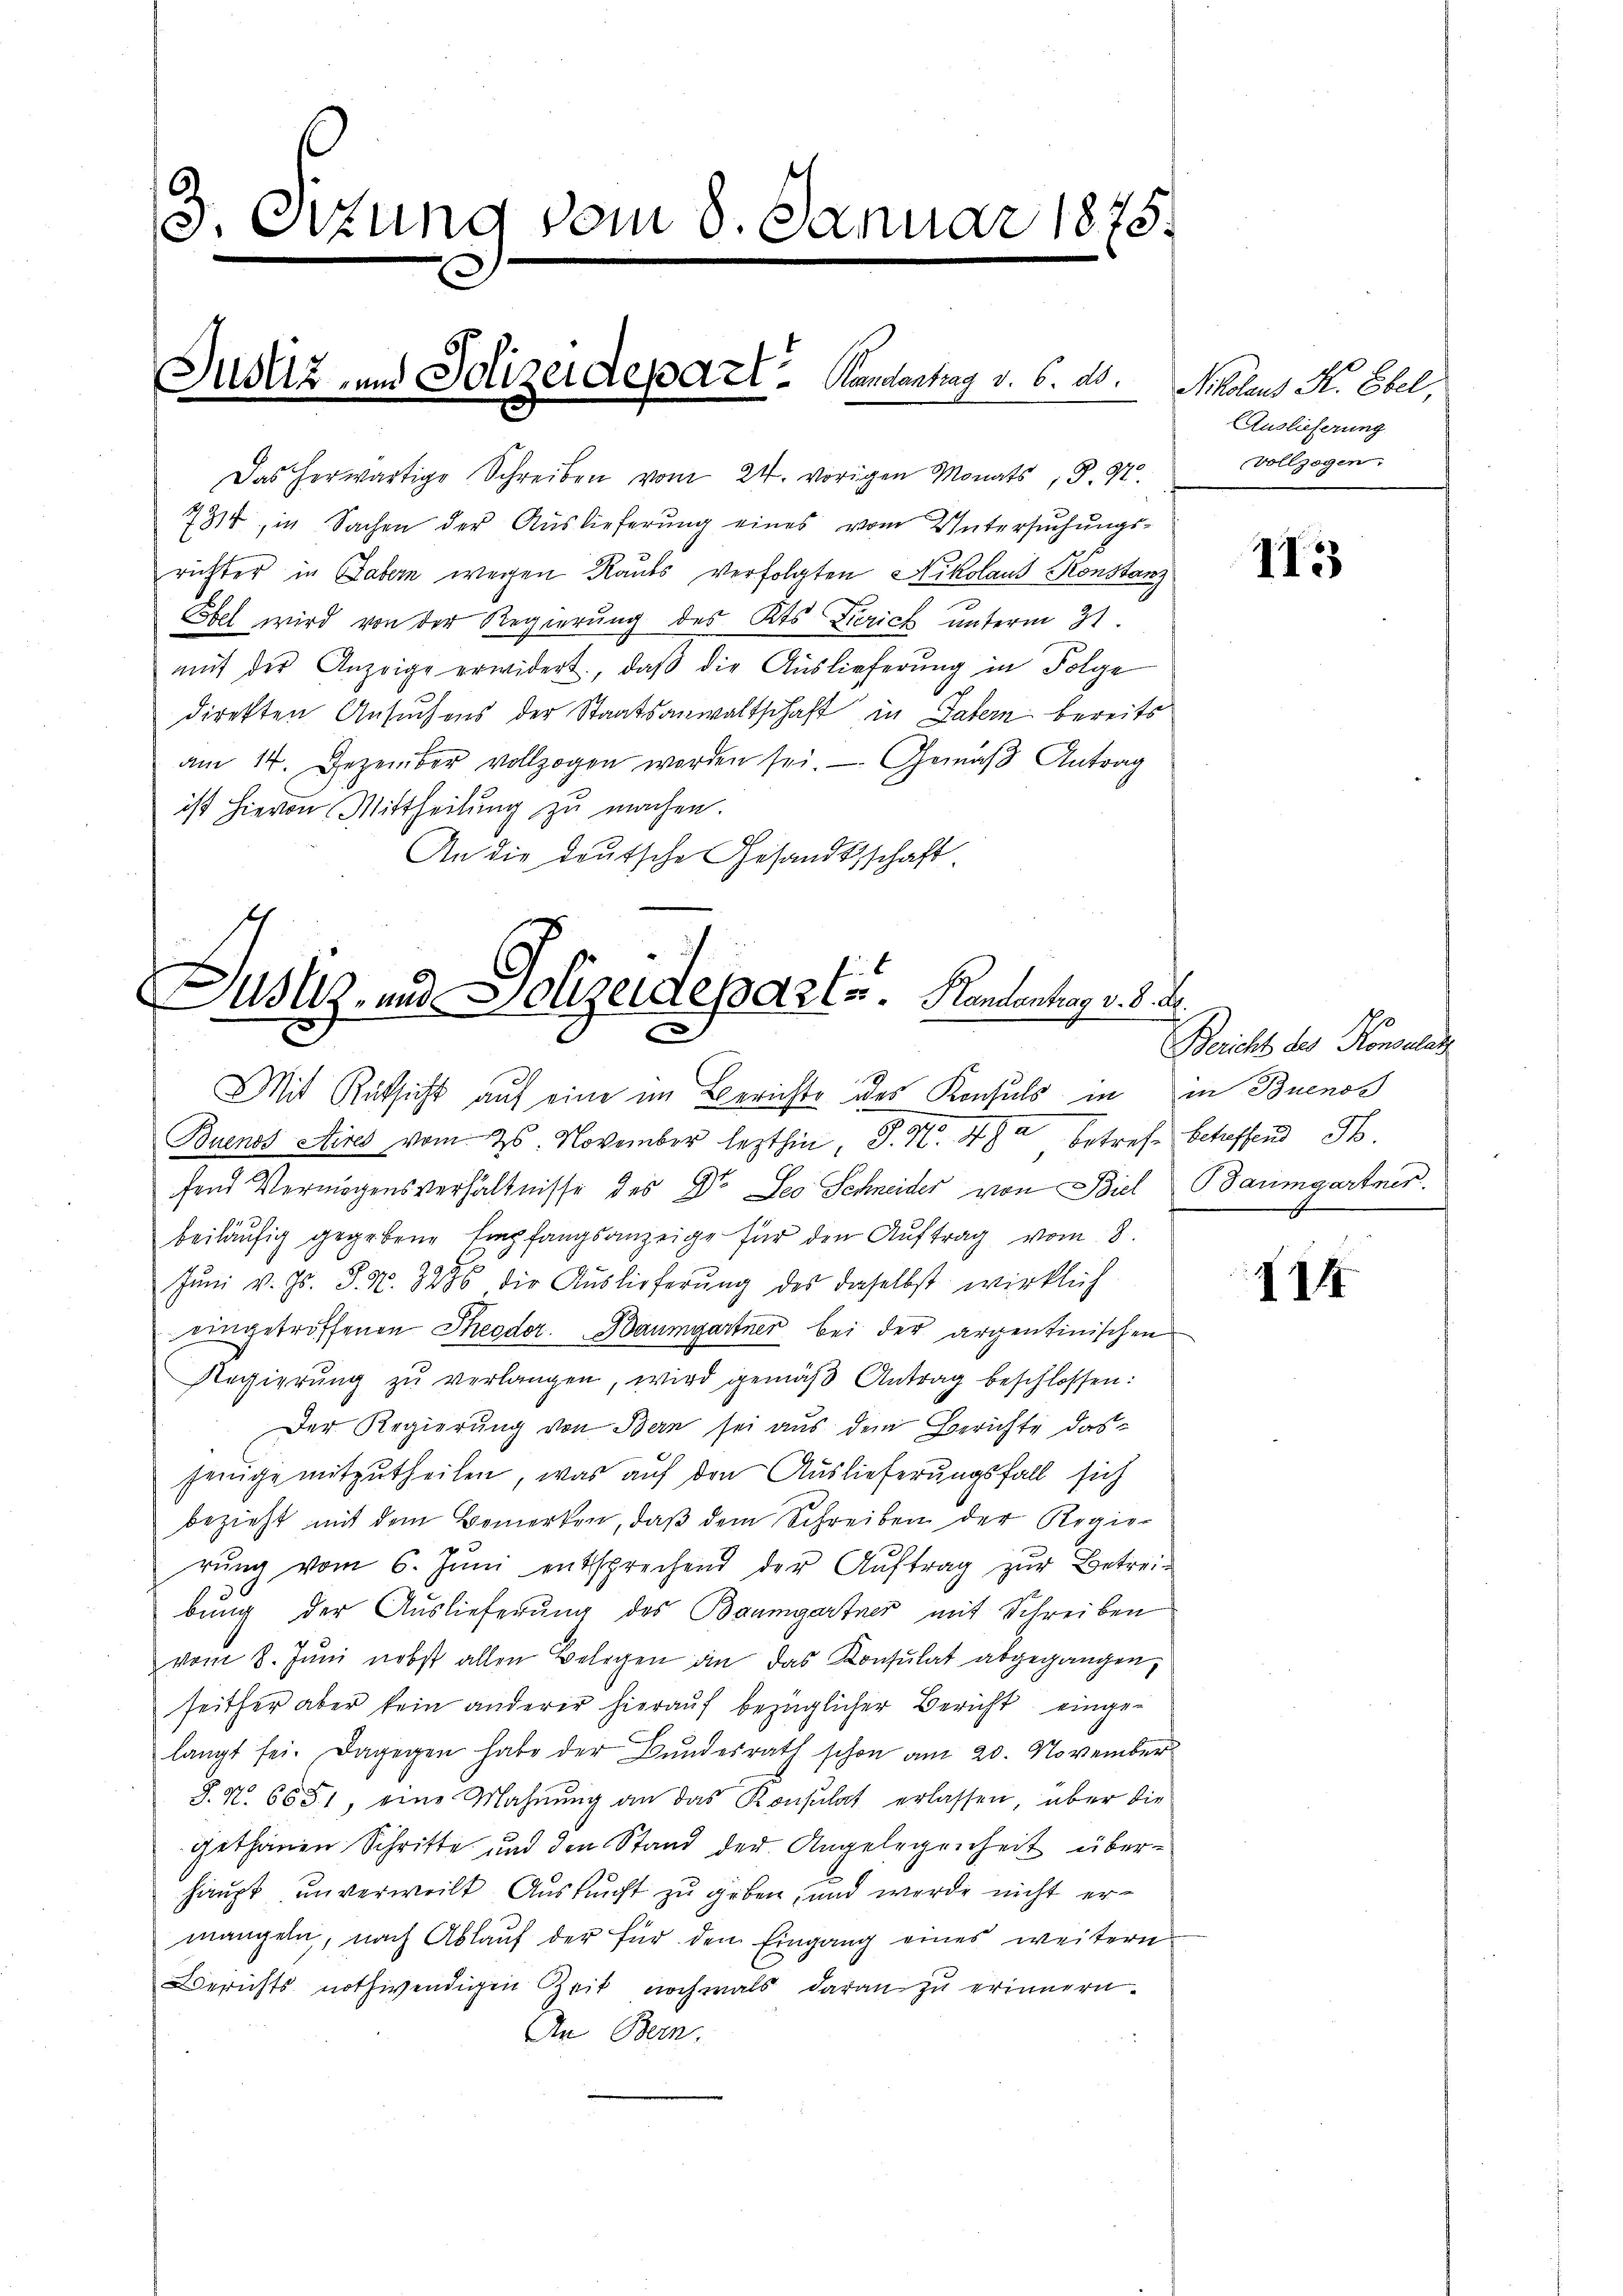
3. Situng vom 8. Januar 1875.

Justiz- und Polizeidepart. Landantrag v. 6. ds.

Das herwärtige Schreiben vom 24. vorigen Monats, S. 97.
731, in Sachen der Auslieferung eines vom Untersŭchŭngs-
richter in Gabern wegen Rauts verfolgten Nikolaus Konstanz
Ebel wird von der Regierung des Kts Zürich unterm 31.
aut der Anzeige erwidert, daß die Auslieferung in Folge
direkten Ansuchens der Staatsanwaltschaft in Patern bereits
am 14. Dezember vollzogen worden sei. Gemäβ Antrag
ist hievon Mittheilung zu machen.
An die deutsche Gesandtschaft

Buenos Aires vom 25. November lezthin, P. Nr. 4. Ja betreff betreffend S.
fend Vermögensverhältnisse des Dr. Leo Schneider von Biel Baumgartner.
beiläŭfig gegebene Empfangsanzeige für den Aŭftrag vom 8.
Jŭni v. Js. S. N. 3286, die Auslieferŭng des daselbst wirklich
eingetroffenen Theodor Baumgartner bei der argentinischen
Regierŭng zŭ verlangen, wird gemäβ Antrag beschlossen:
Der Regierung von Bern sei aus dem Berichte das
jeinge mitzutheilen, was auf den Auslieferungsfall sich
bezieht mit dem Bemerken, daß dem Schreiben der Regierŭng vom 6. Jŭni entsprechend der Aŭftrag zŭr Betrei-
bung der Auslieferung des Baumgartner mit Schreiben
vom 8. Juni nebst allen Belegen an das Konsulat abgegangen,
seither aber kein anderer hierauf bezüglicher Bericht eingelangt sei. Dagegen habe der Bundesrath schon am 20. November
S. N. 6651, eine Mahnung an das Konsulat erlassen, aber die
gethanen Schritte und den Stand der Angelegenheit überhaupt unverweilt Auskunft zu geben, und werde nicht ermangeln, nach Ablauf der für den Eingang eines weitern
Berichts nothwendigen Zeit nochmals daran zu erinnern.
An Bern.

Justiz- und Polizeideparte. Randenhof v. 8. d.
Mit Rüksicht auf eine im Berichte des Konsuls in in Buenos

Nikolaus K. Ebel,
Auslieferung
Vollzogen.

113

Bericht des Konsula

114